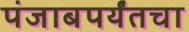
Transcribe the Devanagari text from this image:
पंजाबपर्यंतचा